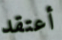
أعتقد